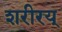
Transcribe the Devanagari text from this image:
शरीरय्